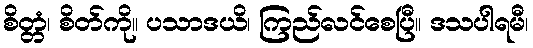
စိတ္တံ၊ စိတ်ကို။ ပသာဒယိ၊ ကြည်လင်စေပြီ။ ဒသပါရမီ၊